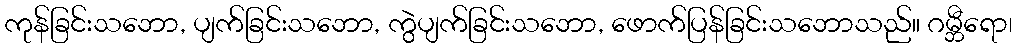
ကုန်ခြင်းသဘော, ပျက်ခြင်းသဘော, ကွဲပျက်ခြင်းသဘော, ဖောက်ပြန်ခြင်းသဘောသည်။ ဂမ္ဘီရော၊